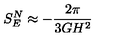
S _ { E } ^ { N } \approx - { \frac { 2 \pi } { 3 G H ^ { 2 } } }